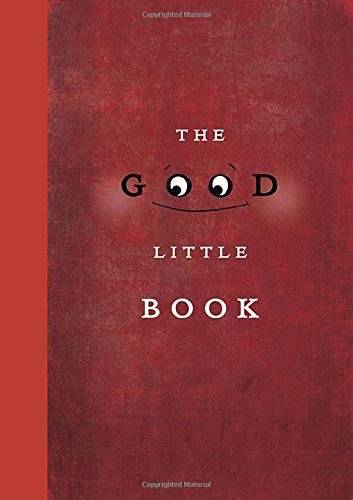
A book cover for The Good Little Book; Kyo Maclear; Children's Books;